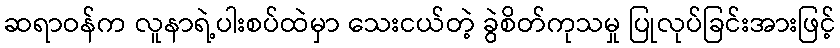
ဆရာဝန်က လူနာရဲ့ပါးစပ်ထဲမှာ သေးငယ်တဲ့ ခွဲစိတ်ကုသမှု ပြုလုပ်ခြင်းအားဖြင့်